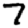
Digit: 7